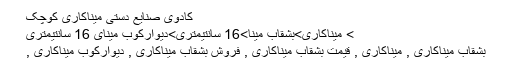
کادوی صنایع دستی میناکاری کوچک
> میناکاری>بشقاب مینا>16 سانتیمتری>دیوارکوب مینای 16 سانتیمتری
بشقاب میناکاری , میناکاری , قیمت بشقاب میناکاری , فروش بشقاب میناکاری , دیوارکوب میناکاری ,